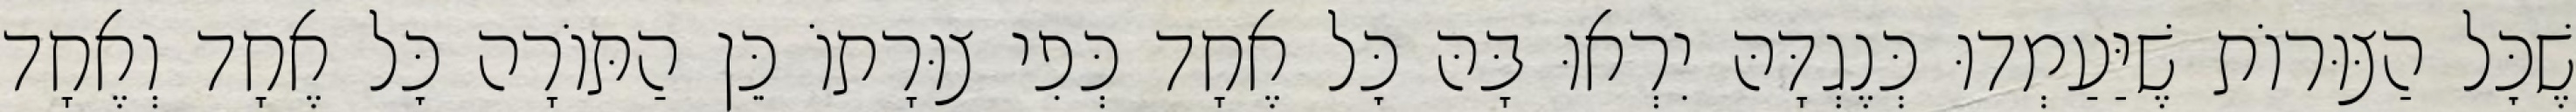
שֶׁכׇּל הַצּוּרוֹת שֶׁיַּעַמְדוּ כְּנֶגְדָּהּ יִרְאוּ בָּהּ כׇּל אֶחָד כְּפִי צוּרָתוֹ כֵּן הַתּוֹרָה כׇּל אֶחָד וְאֶחָד